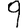
Digit: 9